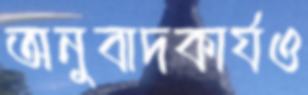
অনুবাদকার্যও